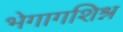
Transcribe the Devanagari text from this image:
भेगागशिश्न